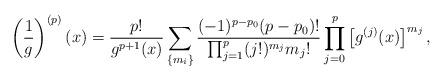
LaTeX: \begin{align*}\left(\frac{1}{g}\right)^{(p)}(x)=\frac{p!}{g^{p+1}(x)}\sum_{\left\{m_i\right\}}\frac{(-1)^{p-p_0}(p-p_0)!}{\prod_{j=1}^p(j!)^{m_j}m_j!}\prod_{j=0}^p\left[g^{(j)}(x)\right]^{m_j},\end{align*}